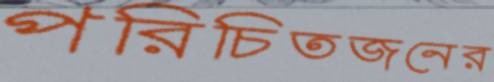
পরিচিতজনের